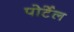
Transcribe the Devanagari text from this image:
पोर्टेल